Scientific memoirs by medical officers of the Army of India - Part III,
Year: 1887
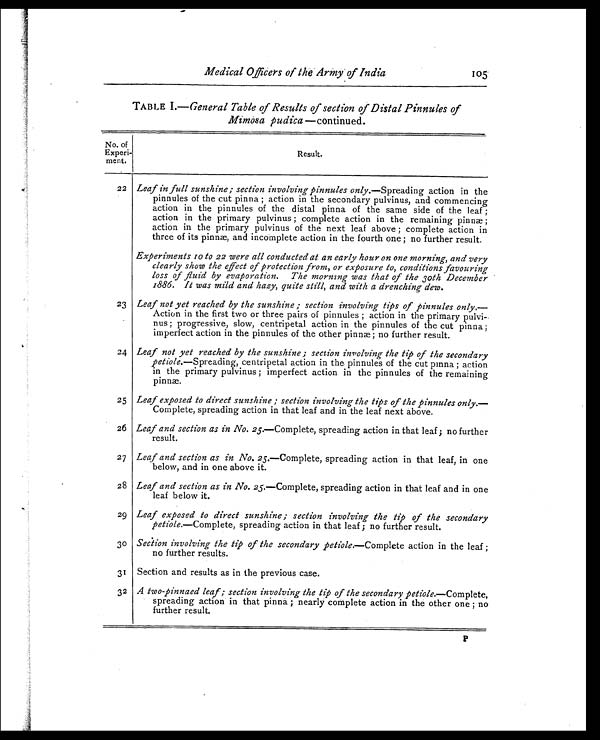
Medical Officers of the Army of India 105
TABLE 1.— General Table of Results of section of Distal Pinnules of
Mimosa pudica —continued.
No. of
Experi -
ment.
Resul t.
22 Leaf in full sunshine; section involving pinnules only.—Spreading action in the
pinnules of the cut pinna ; action in the secondary pulvinus, and commencing
action in the pinnules of the distal pinna of the same side of the leaf ;
action in the primary pulvinus ; complete action in the remaining pinn e ;
action in the primary pulvinus of the next leaf above ; complete action in
three of its pinn, and incomplete action in the fourth one ; no further result.
Experiments 10 to 22 were all conducted at an early hour on one morning, and very
clearly show the effect of protection from, or exposure to, conditions favouring
loss of fluid by evaporation. The morning was that of the 30th December
1886. It was mild and hazy, quite still, and with a drenching dew .
23 Leaf not yet reached by the sunshine ; section involving tips of pinnules only .—
Action in the first two or three pairs of pinnules ; action in the primary pulvi-
nus ; progressive, slow, centripetal action in the pinnules of the cut pinna ;
imperfect action in the pinnules of the other pinna; no further result.
24 Leaf not yet reached by the sunshine; section involving the tip of the secondary
petiole.—Spreading, centripetal action in the pinnules of the cut puma ; action
in the primary pulvinus ; imperfect action in the pinnules of the remaining
pinnæ.
25 Leaf exposed to direct sunshine ; section involving the tips of the pinnules only.—
Complete, spreading action in that leaf and in the leaf next above.
26 Leaf and section as in No. 25 .—Complete, spreading action in that leaf ; no further
result.
27 Leaf and section as in No. 25 .—Complete, spreading action in that leaf, in one
below, and in one above it.
28 Leaf and section as in No. 25.—Complete, spreading action in that leaf and in one
leaf below it.
29 Leaf exposed to direct sunshine ; section involving the tip of the secondary
petiole.—Complete, spreading action in that leaf ; no further result.
30 Section involving the tip of the secondary petiole .—Complete action in the leaf ;
no further results.
31 Section and results as in the previous case.
32 A two-pinnaed leaf ; section involving the tip of the secondary petiole.—Complete,
spreading action in that pinna ; nearly complete action in the other one ; no
further result.